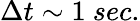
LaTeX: \Delta t\sim 1\ sec.